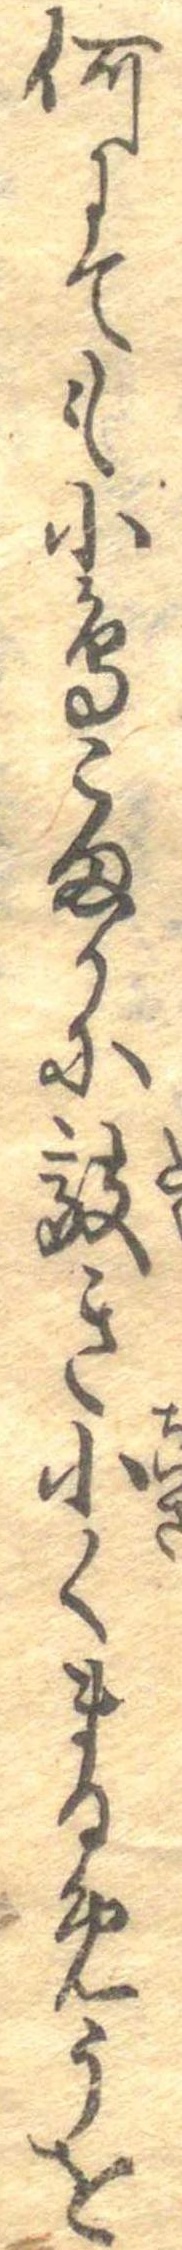
何にても小鳥こまかに敲き小くまるめうを